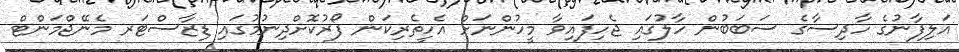
އަލިފާނުގެ ހާދިސާގެ ސަބަބުން ހާލުގައި ޖެހިފައިވާ މީހުންނަށް އެހީތެރިކަން ފޯރުކޮށްދިނުމުގައި ޑިޒާސްޓަރ މެނޭޖްމަންޓް